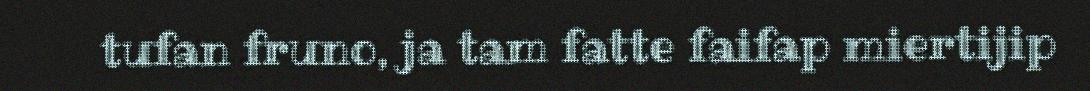
tufan fruno, ja tam fatte faifap miertijip